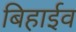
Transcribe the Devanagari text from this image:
बिहाईव